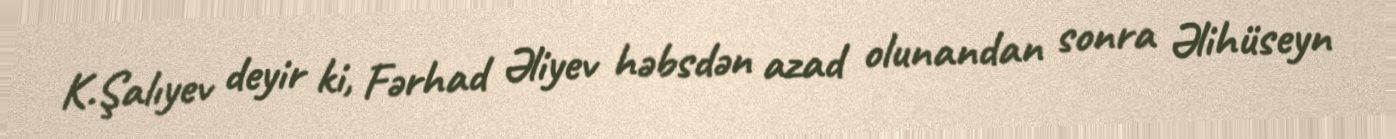
K.Şalıyev deyir ki, Fərhad Əliyev həbsdən azad olunandan sonra Əlihüseyn